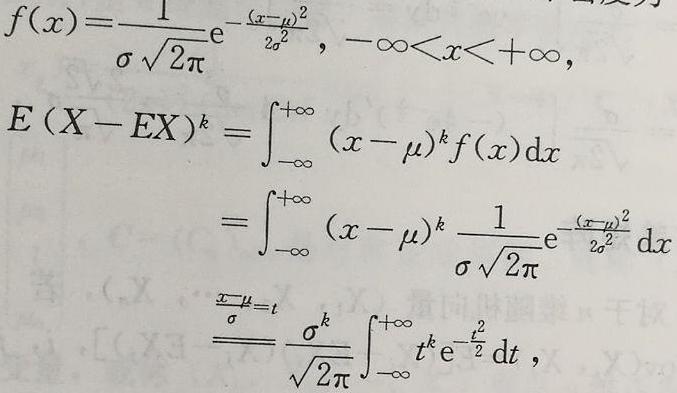
\[
\begin{align*}
f(x)&=\frac{1}{\sigma\sqrt{2\pi}}\mathrm{e}^{-\frac{(x - \mu)^2}{2\sigma^2}},\ -\infty<x<+\infty,\\
E(X - EX)^k&=\int_{-\infty}^{+\infty}(x - \mu)^kf(x)\mathrm{d}x\\
&=\int_{-\infty}^{+\infty}(x - \mu)^k\frac{1}{\sigma\sqrt{2\pi}}\mathrm{e}^{-\frac{(x - \mu)^2}{2\sigma^2}}\mathrm{d}x\\
&\stackrel{\frac{x-\mu}{\sigma}=t}{=}\frac{\sigma^k}{\sqrt{2\pi}}\int_{-\infty}^{+\infty}t^k\mathrm{e}^{-\frac{t^2}{2}}\mathrm{d}t,
\end{align*}
\]